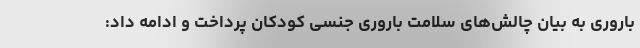
باروری به بیان چالش‌های سلامت باروری جنسی کودکان پرداخت و ادامه داد: